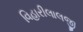
વિહારીલાલજી